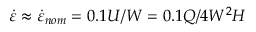
\dot { \varepsilon } \approx \dot { \varepsilon } _ { n o m } = 0 . 1 U / W = 0 . 1 Q / 4 W ^ { 2 } H